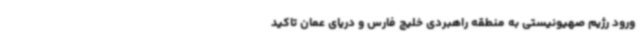
ورود رژیم صهیونیستی به منطقه راهبردی خلیج فارس و دریای عمان تاکید